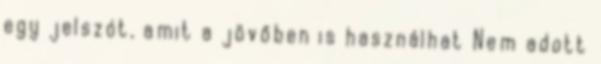
egy jelszót, amit a jövőben is használhat Nem adott